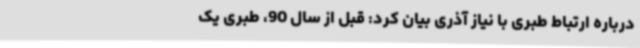
درباره ارتباط طبری با نیاز آذری بیان کرد: قبل از سال 90، طبری یک